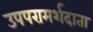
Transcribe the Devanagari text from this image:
उपपरामर्शदाता